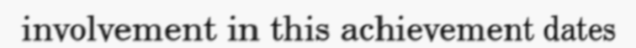
involvement in this achievement dates